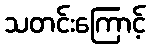
သတင်းကြောင့်